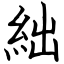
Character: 絀